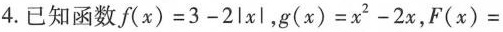
4.已知函数$$f(x)=3-2|x|$$，$$g(x)=x^{2}-2x$$，F(x)=